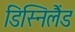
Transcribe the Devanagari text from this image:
डिस्निलैंड